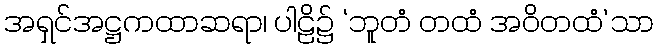
အရှင်အဋ္ဌကထာဆရာ၊ ပါဠိ၌ ‘ဘူတံ တထံ အဝိတထံ’သာ